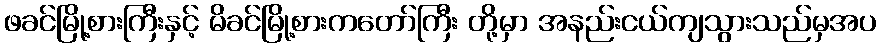
ဖခင်မြို့စားကြီးနှင့် မိခင်မြို့စားကတော်ကြီး တို့မှာ အနည်းငယ်ကျသွားသည်မှအပ